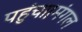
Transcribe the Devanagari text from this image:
पहुंचा।मंगल